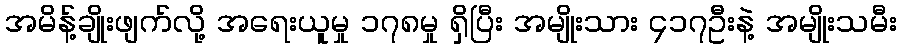
အမိန့်ချိုးဖျက်လို့ အရေးယူမှု ၁၇၈မှု ရှိပြီး အမျိုးသား ၄၁၇ဦးနဲ့ အမျိုးသမီး